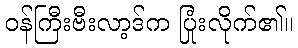
ဝန်ကြီးဗီးလာ့ဒ်က ပြုံးလိုက်၏။